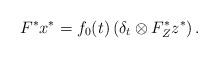
LaTeX: \begin{align*} F^*x^* = f_0(t)\left(\delta_t \otimes F_Z^* z^*\right).\end{align*}